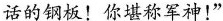
话的钢板！你堪称军神！”